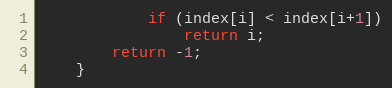
Language: Java
			if (index[i] < index[i+1])
				return i;
		return -1;
	}